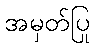
အမှတ်ပြု